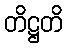
တိဋ္ဌတိ